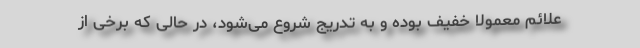
علائم معمولاً خفیف بوده و به تدریج شروع می‌شود، در حالی که برخی از